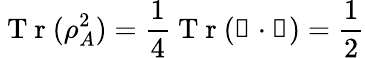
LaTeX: \mathrm{~T~r~}(\rho_{A}^{2})=\frac 14\mathrm{~T~r~}(\mathbb{1}\cdot\mathbb{1})=\frac 12